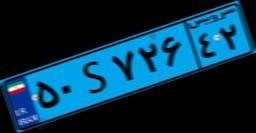
۵۰S۷۲۶۴۲